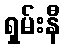
ရှမ်းနီ